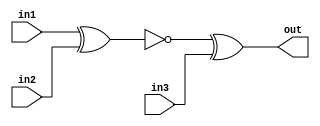
module top_module (
    input in1,
    input in2,
    input in3,
    output out);
    wire mid;
    assign mid=~(in1^in2);
    assign out=mid^in3;
endmodule